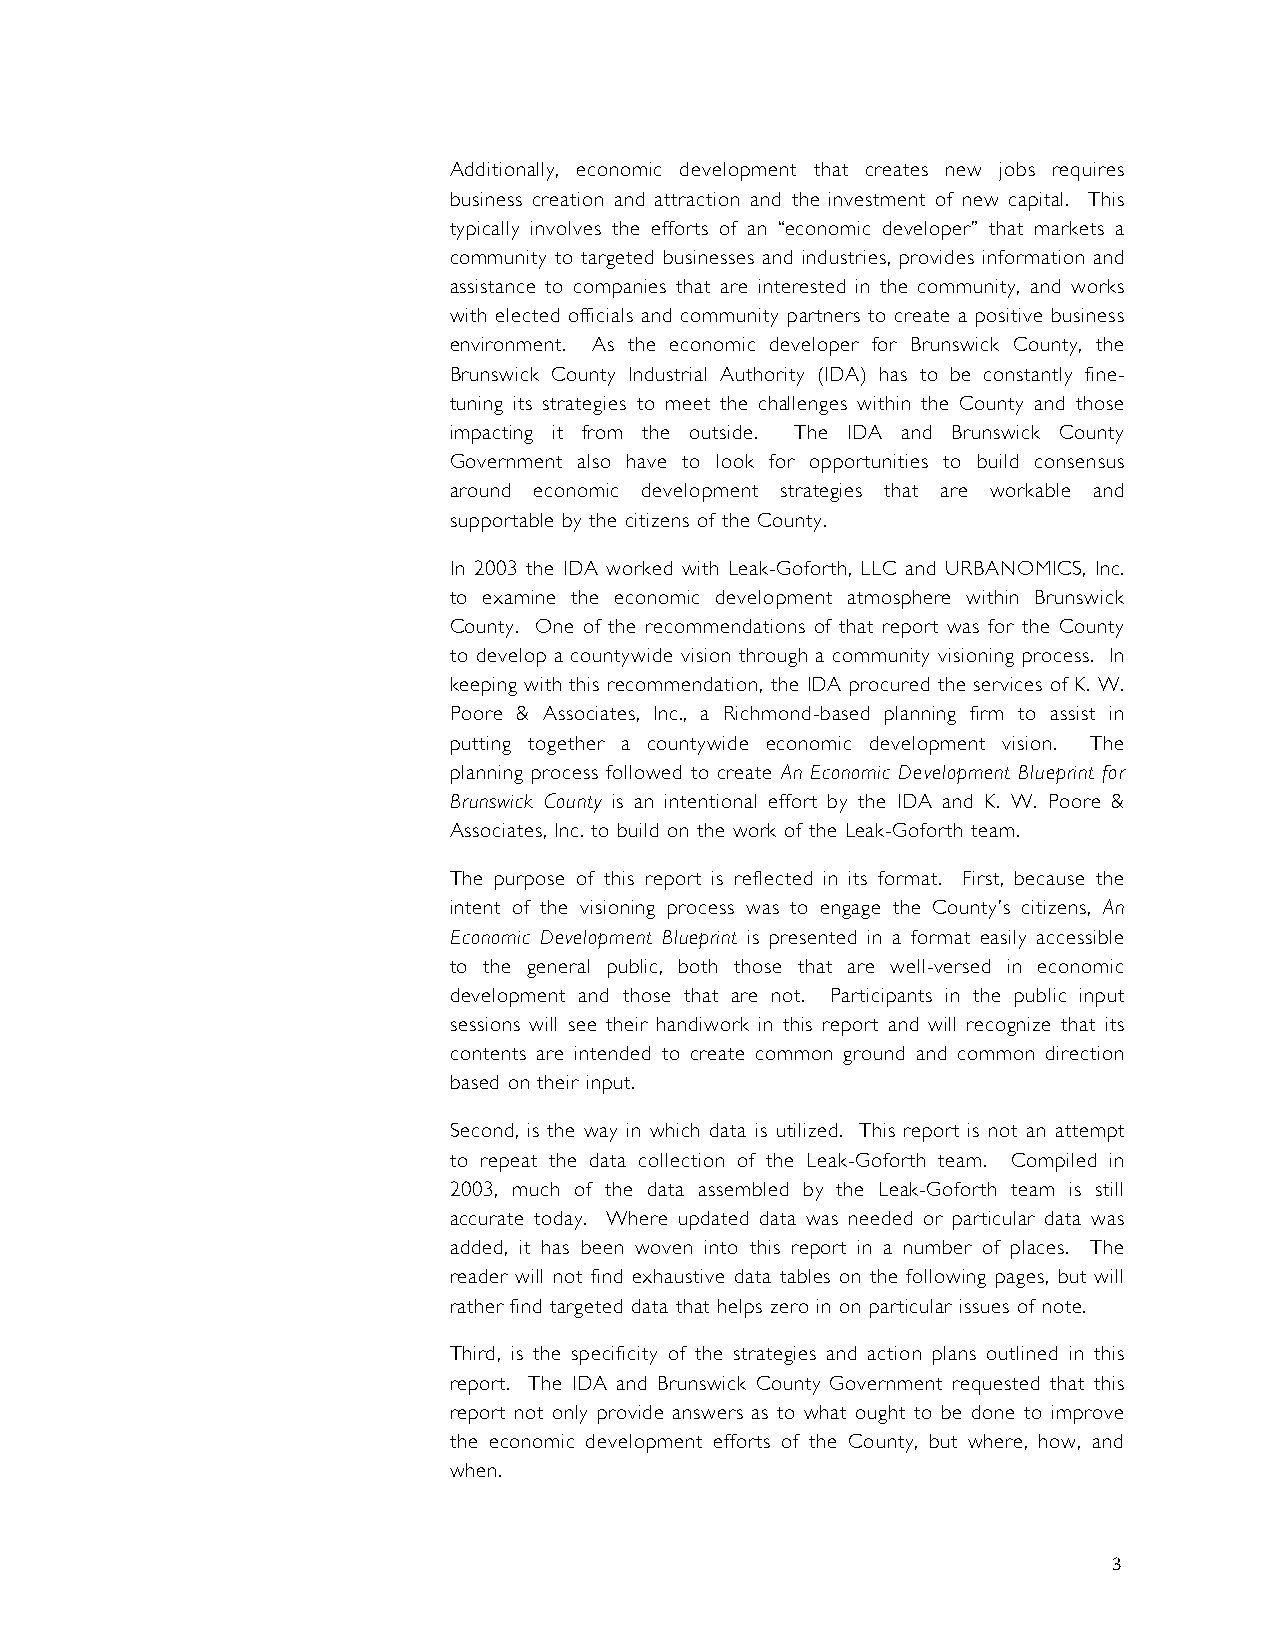
Additionally, economic development that creates new jobs requires
 business creation and attraction and the investment of new capital. This
 typically involves the efforts of an “economic developer” that markets a
 community to targeted businesses and industries, provides information and
 assistance to companies that are interested in the community, and works
 with elected officials and community partners to create a positive business
 environment. As the economic developer for Brunswick County, the
 Brunswick County Industrial Authority (IDA) has to be constantly fine-
 tuning its strategies to meet the challenges within the County and those
 impacting it from the outside. The IDA and Brunswick County
 Government also have to look for opportunities to build consensus
 around economic development strategies that are workable and
 supportable by the citizens of the County.
 In 2003 the IDA worked with Leak-Goforth, LLC and URBANOMICS, Inc.
 to examine the economic development atmosphere within Brunswick
 County. One of the recommendations of that report was for the County
 to develop a countywide vision through a community visioning process. In
 keeping with this recommendation, the IDA procured the services of K. W.
 Poore & Associates, Inc., a Richmond-based planning firm to assist in
 putting together a countywide economic development vision. The
 planning process followed to create An Economic Development Blueprint for
 Brunswick County is an intentional effort by the IDA and K. W. Poore &
 Associates, Inc. to build on the work of the Leak-Goforth team.
 The purpose of this report is reflected in its format. First, because the
 intent of the visioning process was to engage the County’s citizens, An
 Economic Development Blueprint is presented in a format easily accessible
 to the general public, both those that are well-versed in economic
 development and those that are not. Participants in the public input
 sessions will see their handiwork in this report and will recognize that its
 contents are intended to create common ground and common direction
 based on their input.
 Second, is the way in which data is utilized. This report is not an attempt
 to repeat the data collection of the Leak-Goforth team. Compiled in
 2003, much of the data assembled by the Leak-Goforth team is still
 accurate today. Where updated data was needed or particular data was
 added, it has been woven into this report in a number of places. The
 reader will not find exhaustive data tables on the following pages, but will
 rather find targeted data that helps zero in on particular issues of note.
 Third, is the specificity of the strategies and action plans outlined in this
 report. The IDA and Brunswick County Government requested that this
 report not only provide answers as to what ought to be done to improve
 the economic development efforts of the County, but where, how, and
 when.
 3